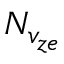
N _ { v _ { z e } }